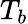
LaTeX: T_{b}